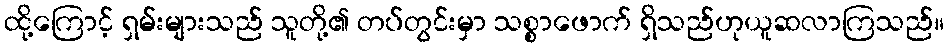
ထို့ကြောင့် ရှမ်းများသည် သူတို့၏ တပ်တွင်းမှာ သစ္စာဖောက် ရှိသည်ဟုယူဆလာကြသည်။